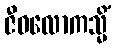
ဇီဝလောကသ္မိံ